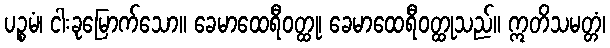
ပဉ္စမံ၊ ငါးခုမြောက်သော။ ခေမာထေရီဝတ္ထု၊ ခေမာထေရီဝတ္ထုသည်။ ဣတိသမတ္တံ၊